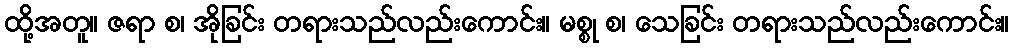
ထို့အတူ။ ဇရာ စ၊ အိုခြင်း တရားသည်လည်းကောင်း။ မစ္စု စ၊ သေခြင်း တရားသည်လည်းကောင်း။